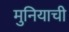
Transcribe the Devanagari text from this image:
मुनियाची